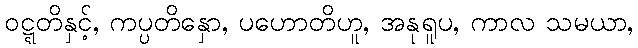
ဝဋ္ဋတိနှင့်, ကပ္ပတိနှော, ပဟောတိဟူ, အနုရူပ, ကာလ သမယာ,